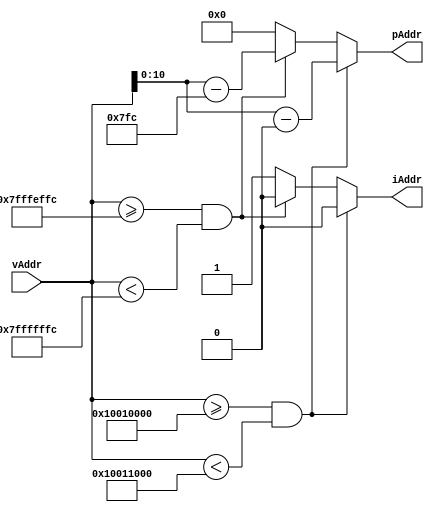
/*
 * Generated by Digital. Don't modify this file!
 * Any changes will be lost if this file is regenerated.
 */
module memoryDecoder(
    input [31:0] vAddr,
    output reg [10:0] pAddr,
    output reg iAddr
);

parameter [31:0] startg=32'h10010000;
parameter [31:0] endg=32'h10011000;
parameter [31:0] starts=32'h7FFFEFFC;
parameter [31:0] ends=32'h7FFFFFFC;
parameter [31:0] sum = 32'd1024;
reg [31:0] temp;

always @(*)
begin
    if(vAddr>= startg & vAddr<endg)begin
        temp = vAddr - startg;
	pAddr = temp;
        iAddr = 1'b0;
    end else if(vAddr >= starts & vAddr<ends)begin
	temp= vAddr - starts;
     	pAddr = temp;
        iAddr = 1'b0;
    end else begin
        pAddr = 10'd0;
        iAddr = 1'b1;
    end
end

endmodule

module testMemDecoder (
  input [31:0] \input ,
  output [10:0] pAddr,
  output iAddr
);
  // memoryDecoder
  memoryDecoder memoryDecoder_i0 (
    .vAddr( \input  ),
    .pAddr( pAddr ),
    .iAddr( iAddr )
  );
endmodule